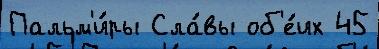
Пальм'и́ры Сла́вы об'е́их 45